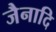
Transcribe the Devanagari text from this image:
जैनादि